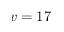
v = 1 7